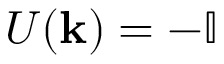
U ( { \bf k } ) = - \mathbb { I }